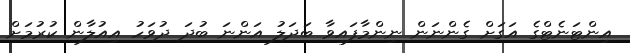
އިންޓަނެޓްގެ އަގަށް ގެންނަން ނިންމާފައިވާ ބަދަލު އަންނަ ބުދަ ދުވަހު އިއުލާން ކުރުމަށް